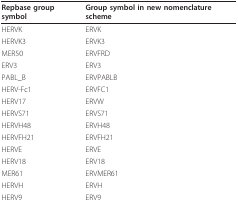
| Repbase group symbol | Group symbol in new nomenclature scheme |
 | --- | --- |
 | HERVK | ERVK |
 | HERVK3 | ERVK3 |
 | MER50 | ERVFRD |
 | ERV3 | ERV3 |
 | PABL_B | ERVPABLB |
 | HERV-Fc1 | ERVFC1 |
 | HERV17 | ERVW |
 | HERVS71 | ERVS71 |
 | HERVH48 | ERVH48 |
 | HERVFH21 | ERVFH21 |
 | HERVE | ERVE |
 | HERV18 | ERV18 |
 | MER61 | ERVMER61 |
 | HERVH | ERVH |
 | HERV9 | ERV9 |